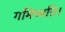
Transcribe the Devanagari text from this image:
गमिष्यति।